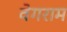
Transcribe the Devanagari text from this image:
वेगराम